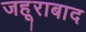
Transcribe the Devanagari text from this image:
जहूराबाद